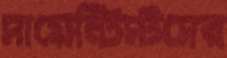
সায়েন্টিস্টসের